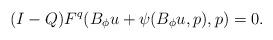
LaTeX: \begin{align*}(I-Q) F^q(B_\phi u + \psi(B_\phi u ,p),p)=0.\end{align*}